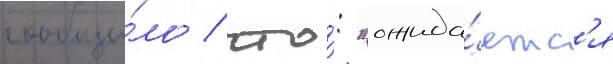
сообщи́ло / что́: "ожида́етс'я